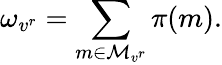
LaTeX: \omega_{v^{r}}=\sum_{m\in\mathcal{M}_{v^{r}}}\pi(m).